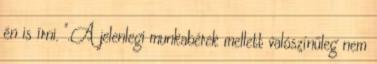
én is írni. ".A jelenlegi munkabérek mellett valószínűleg nem